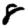
Digit: 8